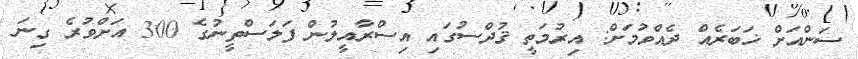
ސަންއަށް ޚަބަރެއް ދެއްވުމަށް: އިރުމަތީ ޤުދްސުގައި އިސްރާއީލުން ފަލަސްތީނުގެ 300 އަށްވުރެ ގިނަ